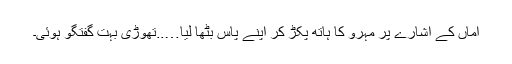
اماں کے اشارے پر مہرو کا ہاتھ پکڑ کر اپنے پاس بٹھا لیا…..تھوڑی بہت گفتگو ہوئی۔